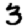
Digit: 3